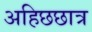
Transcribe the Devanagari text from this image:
अहिछछात्र